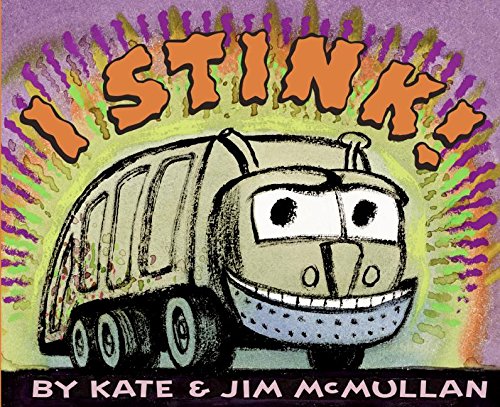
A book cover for I Stink!; Kate McMullan; Children's Books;